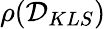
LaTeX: \rho(\mathcal{D}_{KLS})